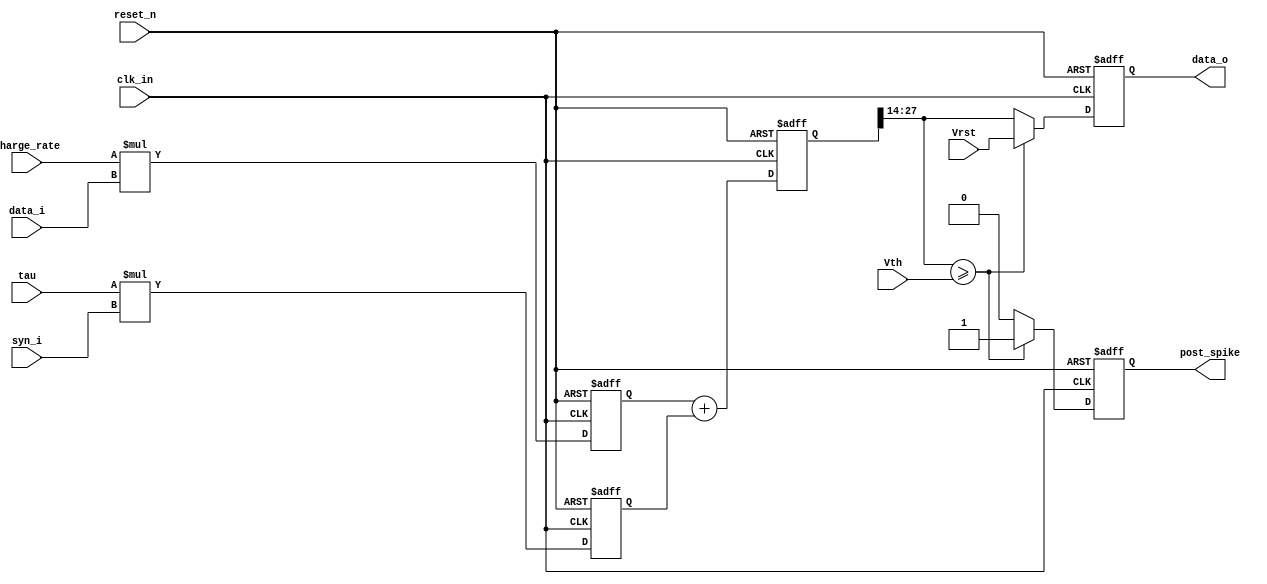
`timescale  	1ns/1ns
 
module DS_LIF     (reset_n,
		   clk_in,
                   post_spike,
		   tau,
		   charge_rate,
		   Vrst,
		   Vth,
		   syn_i,
		   data_i,
		   data_o);

parameter	tau_w	= 14;
parameter	Vrst_w	= 14;
parameter	Vth_w	= 14;

input 			reset_n;
input			clk_in;
input	[tau_w-1:0]	tau;
input	[tau_w-1:0]	charge_rate;
input	[Vrst_w-1:0]	Vrst;
input	[Vrst_w -1:0]	Vth;
input	[13:0]		syn_i;
input	[13:0]		data_i;
output	[13:0]		data_o;
output			post_spike;

reg	[2*tau_w-1:0]	reg_LIFa;	
reg	[2*tau_w-1:0]	reg_LIFb;	
reg	[2*tau_w-1:0]	reg_LIF;	
reg	[tau_w-1:0]	data_o;	
reg			post_spike;

always@(posedge clk_in or negedge reset_n)
begin
	if(!reset_n)
		reg_LIFa <= #1 'd0;
	else
		reg_LIFa <= #1	charge_rate*data_i;
end

always@(posedge clk_in or negedge reset_n)
begin
	if(!reset_n)
		reg_LIFb <= #1 'd0;
	else
		reg_LIFb <= #1	tau*syn_i;
end

always@(posedge clk_in or negedge reset_n)
begin
	if(!reset_n)
		reg_LIF <= #1 'd0;
	else
		reg_LIF <= #1 reg_LIFa + reg_LIFb;
end

always@(posedge clk_in or negedge reset_n)
begin
	if(!reset_n)
		post_spike <= #1 'd0;
	else if ( reg_LIF[27:14] >= Vth )
		post_spike <= #1 'd1;
	else
		post_spike <= #1 'd0;
end

always@(posedge clk_in or negedge reset_n)
begin
	if(!reset_n)
		data_o <= #1 'd0;
	else if( reg_LIF[27:14] >= Vth )
		data_o <= #1 Vrst;
	else
		data_o <= #1 reg_LIF[27:14];
end

endmodule